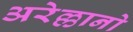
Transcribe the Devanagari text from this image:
अरेल्लानो